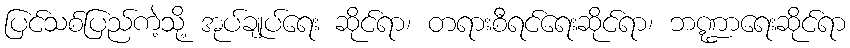
ပြင်သစ်ပြည်ကဲ့သို့ အုပ်ချုပ်ရေး ဆိုင်ရာ၊ တရားစီရင်ရေးဆိုင်ရာ၊ ဘဏ္ဍာရေးဆိုင်ရာ